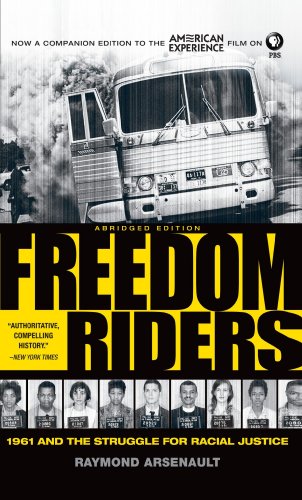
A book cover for Freedom Riders: 1961 and the Struggle for Racial Justice; Raymond Arsenault; Law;